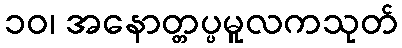
၁၀၊ အနောတ္တပ္ပမူလကသုတ်